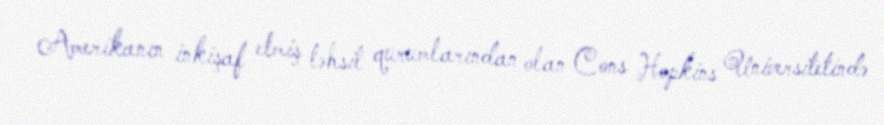
Amerikanın inkişaf etmiş təhsil qurumlarından olan Cons Hopkins Universitetində